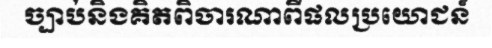
ច្បាប់និងគិតពិចារណាពីផលប្រយោជន៍